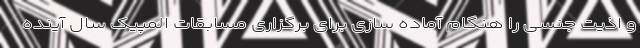
و اذیت جنسی را هنگام آماده سازی برای برگزاری مسابقات المپیک سال آینده